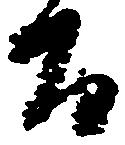
間